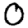
Digit: 0